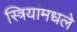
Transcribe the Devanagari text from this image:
स्त्रियांमधले